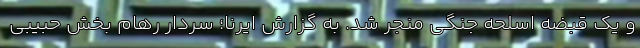
و یک قبضه اسلحه جنگی منجر شد. به گزارش ایرنا؛ سردار رهام بخش حبیبی